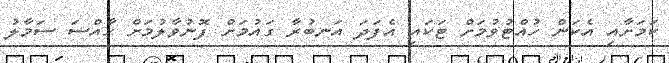
ކަމަށާއި އެކަން ހުއްޓުވުމަށް ޓަކައި އެފަދަ އަނބުރާ ގައުމަށް ފޮނުވާލުމަށް ހާއްސަ ސަމާލު